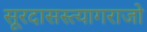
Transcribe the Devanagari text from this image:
सूरदासस्त्यागराजो